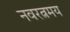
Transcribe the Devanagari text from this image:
नवरत्नमय